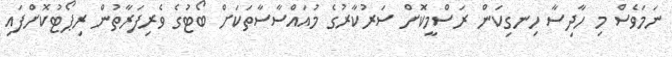
ނަމަވެސް މި ހާދިސާ ހިނގިކަން ރަސްމީކޮށް ސަރުކާރުގެ މުއައްސާސާތަކަށް ބޯޓުގެ ވެރިފަރާތުން ރިޕޯޓުކޮށްފައި